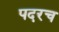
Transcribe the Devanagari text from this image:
पदरच